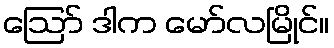
ဪ ဒါက မော်လမြိုင်။